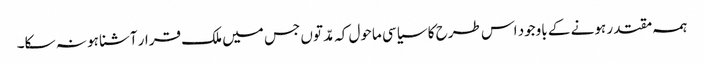
ہمہ مقتدر ہونے کے باوجود اس طرح کا سیاسی ماحول کہ مدّتوں جس میں ملک قرار آشنا ہو نہ سکا۔